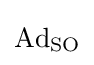
\mathrm {Ad} _{\mathrm {S} \mathrm {O} }